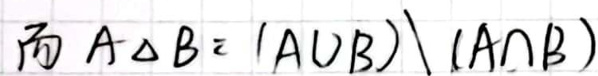
$A\Delta B=(A\cup B)\backslash (A\cap B)$